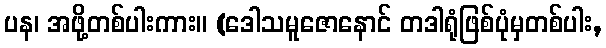
ပန၊ အဖို့တစ်ပါးကား။ (ဒေါသမူဇောနောင် တဒါရုံဖြစ်ပုံမှတစ်ပါး,